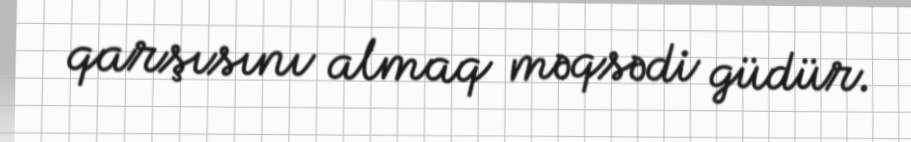
qarşısını almaq məqsədi güdür.